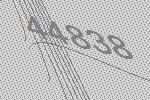
44838